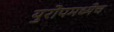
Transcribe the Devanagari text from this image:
युरोपमध्येच